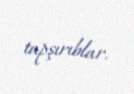
tapşırıblar.